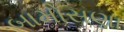
બામોસણા